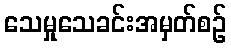
သေမှုသေခင်းအမှတ်စဉ်